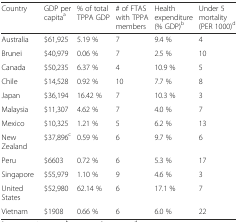
<table><thead><tr><td><b>Country</b></td><td><b>GDP per capita<sup>a</sup></b></td><td><b>% of total TPPA GDP</b></td><td><b># of FTAS with TPPA members</b></td><td><b>Health expenditure (% GDP)<sup>b</sup></b></td><td><b>Under 5 mortality (PER 1000)<sup>d</sup></b></td></tr></thead><tbody><tr><td>Australia</td><td>$61,925</td><td>5.19 %</td><td>7</td><td>9.4 %</td><td>4</td></tr><tr><td>Brunei</td><td>$40,979</td><td>0.06 %</td><td>7</td><td>2.5 %</td><td>10</td></tr><tr><td>Canada</td><td>$50,235</td><td>6.37 %</td><td>4</td><td>10.9 %</td><td>5</td></tr><tr><td>Chile</td><td>$14,528</td><td>0.92 %</td><td>10</td><td>7.7 %</td><td>8</td></tr><tr><td>Japan</td><td>$36,194</td><td>16.42 %</td><td>7</td><td>10.3 %</td><td>3</td></tr><tr><td>Malaysia</td><td>$11,307</td><td>4.62 %</td><td>7</td><td>4.0 %</td><td>7</td></tr><tr><td>Mexico</td><td>$10,325</td><td>1.21 %</td><td>5</td><td>6.2 %</td><td>13</td></tr><tr><td>New Zealand</td><td>$37,896<sup>c</sup></td><td>0.59 %</td><td>6</td><td>9.7 %</td><td>6</td></tr><tr><td>Peru</td><td>$6603</td><td>0.72 %</td><td>6</td><td>5.3 %</td><td>17</td></tr><tr><td>Singapore</td><td>$55,979</td><td>1.10 %</td><td>9</td><td>4.6 %</td><td>3</td></tr><tr><td>United States</td><td>$52,980</td><td>62.14 %</td><td>6</td><td>17.1 %</td><td>7</td></tr><tr><td>Vietnam</td><td>$1908</td><td>0.66 %</td><td>6</td><td>6.0 %</td><td>22</td></tr></tbody></table>